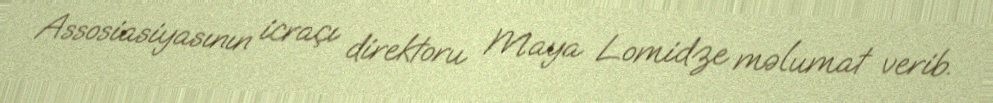
Assosiasiyasının icraçı direktoru Maya Lomidze məlumat verib.